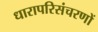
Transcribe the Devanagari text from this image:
धारापरिसंचरणों